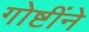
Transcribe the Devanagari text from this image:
गोष्टींने